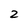
Character: 2